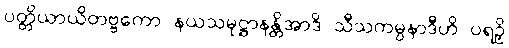
ပတ္တိယာယိတဗ္ဗကော နယသမုဋ္ဌာနန္တိအာဒိ သီသကမ္ပနာဒီဟိ ပရဉှိ